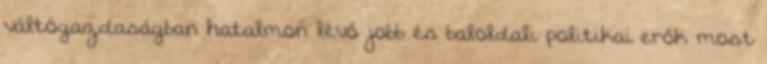
váltógazdaságban hatalmon lévő jobb és baloldali politikai erők most